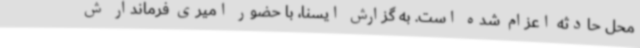
محل حادثه اعزام شده است. به گزارش ایسنا، با حضور امیری فرماندار ش